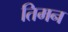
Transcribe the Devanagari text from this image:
तिमन